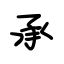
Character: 承